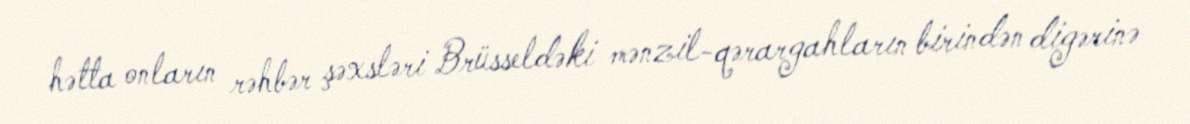
hətta onların rəhbər şəxsləri Brüsseldəki mənzil-qərargahların birindən digərinə